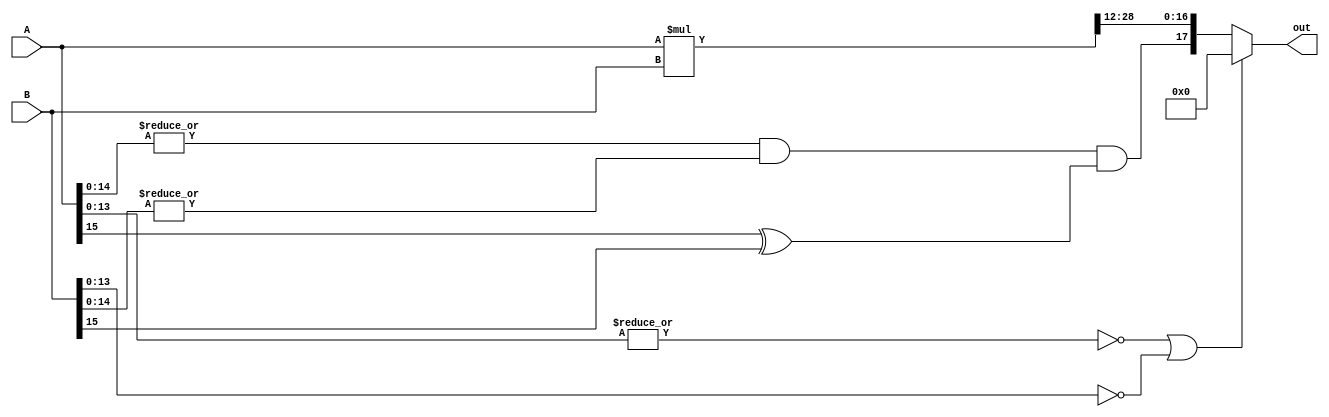
module mult_FP #(parameter frac_in=14,frac_out=16,int_out=1)(A, B,out);
localparam size_out=frac_out+int_out+1;
	input 	wire signed [15:0] A;
	input    wire signed	[15:0] B;
	output   wire signed	[size_out-1:0] out;
	
wire sign,zero_flag;
wire [31:0] frac_temp;
//wire [size_out-1:0] out_temp;
assign frac_temp=A*B;
assign sign= zero_flag&&(A[15]^B[15]);
assign zero_flag=(|A[14:0])&&(|B[14:0]);
//assign out_temp = (sign&&!|frac_temp[(frac_in*2-1)+int_out:(frac_in*2-1)+int_out-(size_out-2)]) ? 0 : {sign,frac_temp[(frac_in*2-1)+int_out:(frac_in*2-1)+int_out-(size_out-2)]};
assign out=(!(|A[frac_in-1:0])||!(B[frac_in-1:0])) ? 18'b0 :{sign,frac_temp[(frac_in*2-1)+int_out:(frac_in*2-1)+int_out-(size_out-2)]};

endmodule